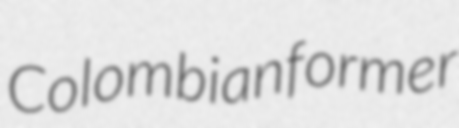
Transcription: Colombian former